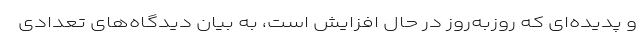
و پدیده‌ای که روزبه‌روز در حال افزایش است، به بیان دیدگاه‌های تعدادی